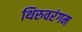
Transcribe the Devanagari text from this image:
थिरुवरंगम